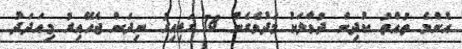
އެންމެ ތުއްތު ކުދިން ދުވާލަކު މަދުވެގެން 18 ގަޑިއިރު ނިދަން ޖެހޭއިރު މިއަދަދު